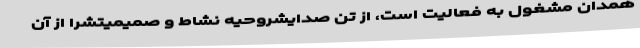
همدان مشغول به فعالیت است، از تن صدایشروحیه نشاط و صمیمیتشرا از آن